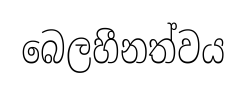
බෙලහීනත්වය